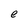
Character: e